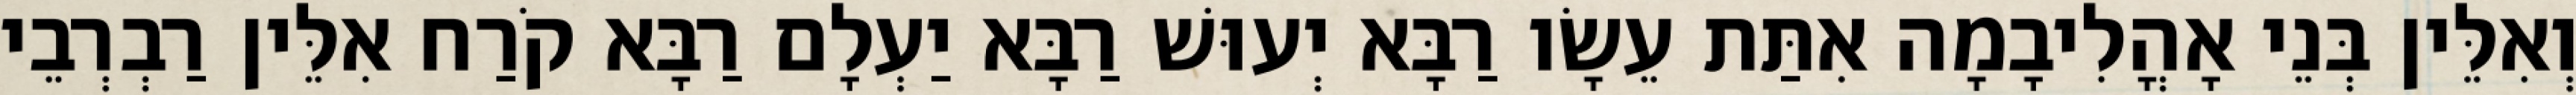
וְאִלֵּין בְּנֵי אָהֳלִיבָמָה אִתַּת עֵשָׂו רַבָּא יְעוּשׁ רַבָּא יַעְלָם רַבָּא קֹרַח אִלֵּין רַבְרְבֵי